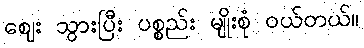
ဈေး သွားပြီး ပစ္စည်း မျိုးစုံ ဝယ်တယ်။